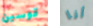
قوسين أنا